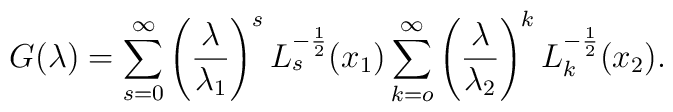
G(\lambda )=\sum_{s=0}^{\infty}\left(\frac {\lambda}{\lambda_1}\right)^sL_s^{-\frac 12}(x_1)\sum_{k=o}^{\infty}\left(\frac {\lambda}{\lambda_2}\right)^kL_k^{-\frac 12}(x_2).